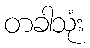
တခါသုံး